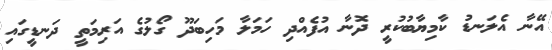
އޭނާ އެލަނޑު ކާމިޔާބުކުރީ ދޮނާ އުފެއްދި ހަމަލާ މަހިބަދޫ ގޯލުގެ އަރިމަތީ ދަނޑީގައި